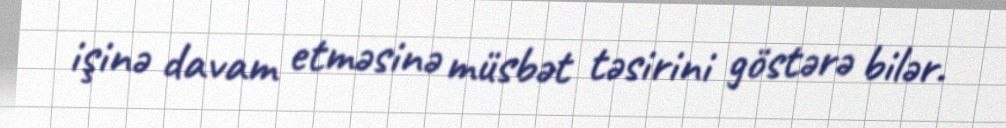
işinə davam etməsinə müsbət təsirini göstərə bilər.